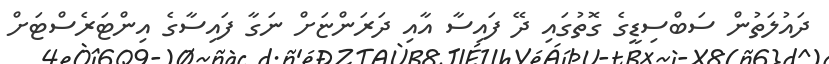
ދައުލަތުން ސަބްސިޑީގެ ގޮތުގައި ދޭ ފައިސާ އާއި ދަރަންޏަށް ނަގާ ފައިސާގެ އިންޓަރެސްޓަށް